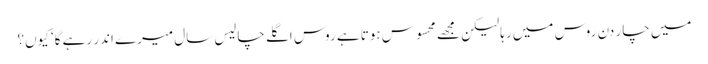
میں چار دن روس میں رہا لیکن مجھے محسوس ہوتا ہے روس اگلے چالیس سال میرے اندر رہے گا‘ کیوں؟